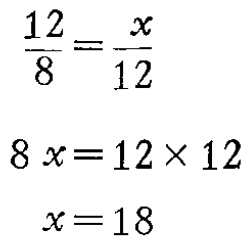
\[\begin{align*}

\frac{12}{8}&=\frac{x}{12}\\

8x&=12\times 12\\

x&=18

\end{align*}\]